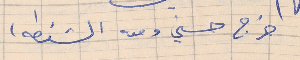
خرج حسني ومعه الشنطه)